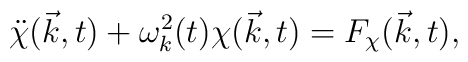
\ddot{\chi}(\vec{k},t) + {\omega}_k^2(t) {\chi}(\vec{k},t)=F_{\chi}(\vec{k},t),